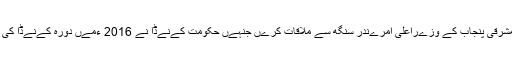
بھارتی حکومت چاہتی تھی کہ ٹروڈو مشرقی پنجاب کے وزےراعلی امرےندر سنگھ سے ملاقات کرےں جنہےں حکومت کےنےڈا نے 2016 ءمےں دورہ کےنےڈا کی اجازت دےنے سے انکار کر دےا تھا۔